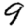
Digit: 9